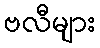
ဗလီများ